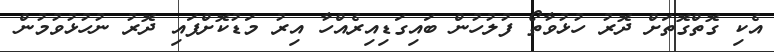
އެކި ގޮތްގޮތަށް ދޮރު ހުޅުވާތޯ ފުލުހުން ބައިގަޑިއިރެއްހާ އިރު މަޑުކޮށްފައި ދޮރު ނުހުޅުވުމުން